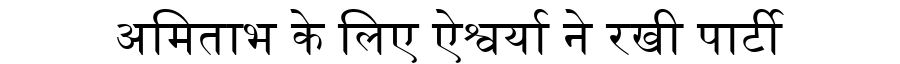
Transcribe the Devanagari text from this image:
अमिताभ के लिए ऐश्वर्या ने रखी पार्टी